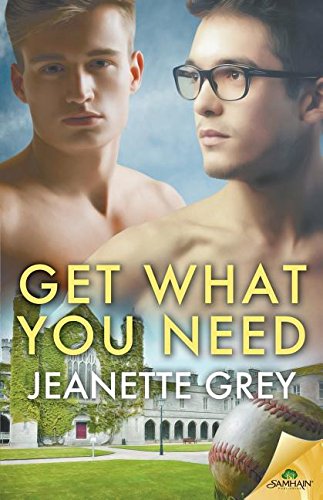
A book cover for Get What You Need; Jeanette Grey; Romance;